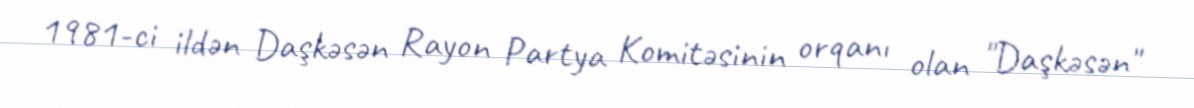
1981-ci ildən Daşkəsən Rayon Partya Komitəsinin orqanı olan "Daşkəsən"